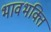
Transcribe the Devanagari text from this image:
भावभक्ति